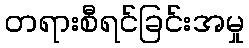
တရားစီရင်ခြင်းအမှု